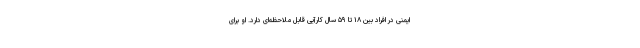
ایمنی در افراد بین ۱۸ تا ۵۹ سال کارآیی قابل ملاحظه‌ای دارد. او برای